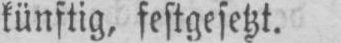
künftig, festgesetzt.